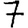
Digit: 7